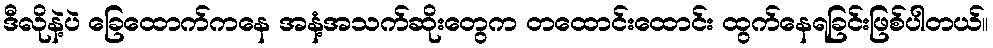
ဒီလိုနဲ့ပဲ ခြေထောက်ကနေ အနံ့အသက်ဆိုးတွေက တထောင်းထောင်း ထွက်နေရခြင်းဖြစ်ပါတယ်။